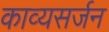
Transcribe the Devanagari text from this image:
काव्यसर्जन